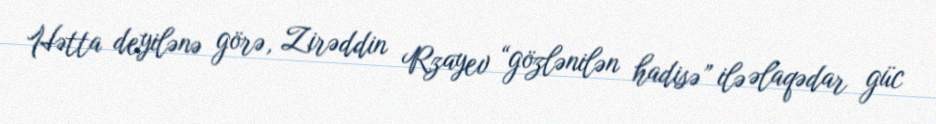
Hətta deyilənə görə, Zirəddin Rzayev “gözlənilən hadisə” ilə əlaqədar güc